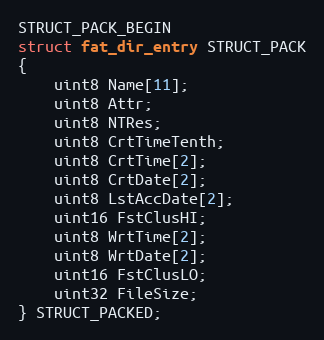
Language: C
STRUCT_PACK_BEGIN
struct fat_dir_entry STRUCT_PACK
{
    uint8 Name[11];
    uint8 Attr;
    uint8 NTRes;
    uint8 CrtTimeTenth;
    uint8 CrtTime[2];
    uint8 CrtDate[2];
    uint8 LstAccDate[2];
    uint16 FstClusHI;
    uint8 WrtTime[2];
    uint8 WrtDate[2];
    uint16 FstClusLO;
    uint32 FileSize;
} STRUCT_PACKED;